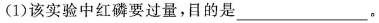
(1)该实验中红磷要过量，目的是_____。